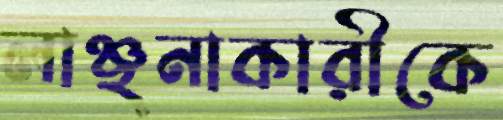
লাঞ্ছনাকারীকে